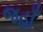
જહાઁ